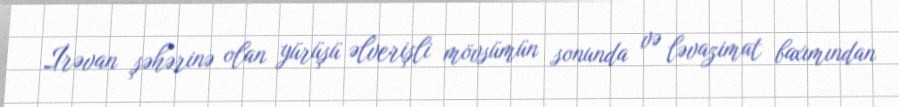
İrəvan şəhərinə olan yürüşü əlverişli mövsümün sonunda və ləvazimat baxımından